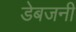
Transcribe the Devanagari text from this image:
डेबजनी